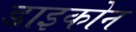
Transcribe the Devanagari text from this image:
डाइकोन